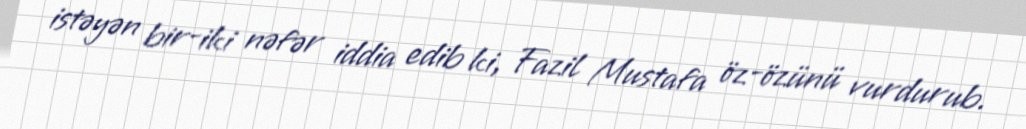
istəyən bir-iki nəfər iddia edib ki, Fazil Mustafa öz-özünü vurdurub.